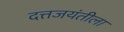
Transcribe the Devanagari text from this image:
दत्तजयंतीला